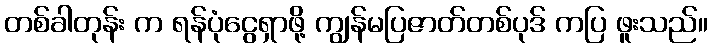
တစ်ခါတုန်း က ရန်ပုံငွေရှာဖို့ ကျွန်မပြဇာတ်တစ်ပုဒ် ကပြ ဖူးသည်။